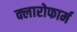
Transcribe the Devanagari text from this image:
क्लारोफार्म